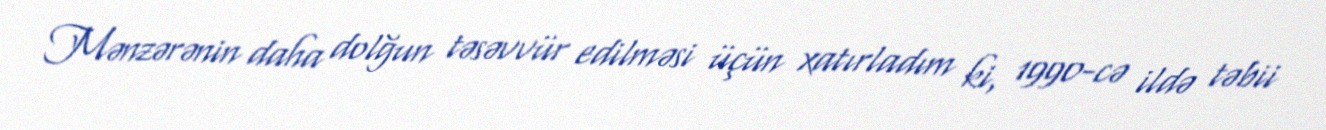
Mənzərənin daha dolğun təsəvvür edilməsi üçün xatırladım ki, 1990-cə ildə təbii